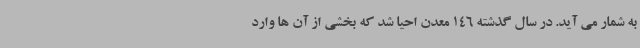
به شمار می آید. در سال گذشته 146 معدن احیا شد که بخشی از آن ها وارد